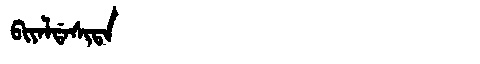
Manchu: ᠪᡳᠶᠠᠯᡩᠠᠰᡳᡨᠠ
Romanization: BIYALDASITA